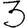
Digit: 3